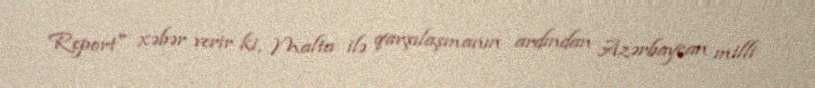
Report" xəbər verir ki, Malta ilə qarşılaşmanın ardından Azərbaycan milli